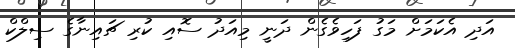
އަދި އެކަމަށް މަގު ފަހިވެގެން ދަނީ މިއަދު ސޮއި ކުރި ޗައިނާގެ ސިލްކް